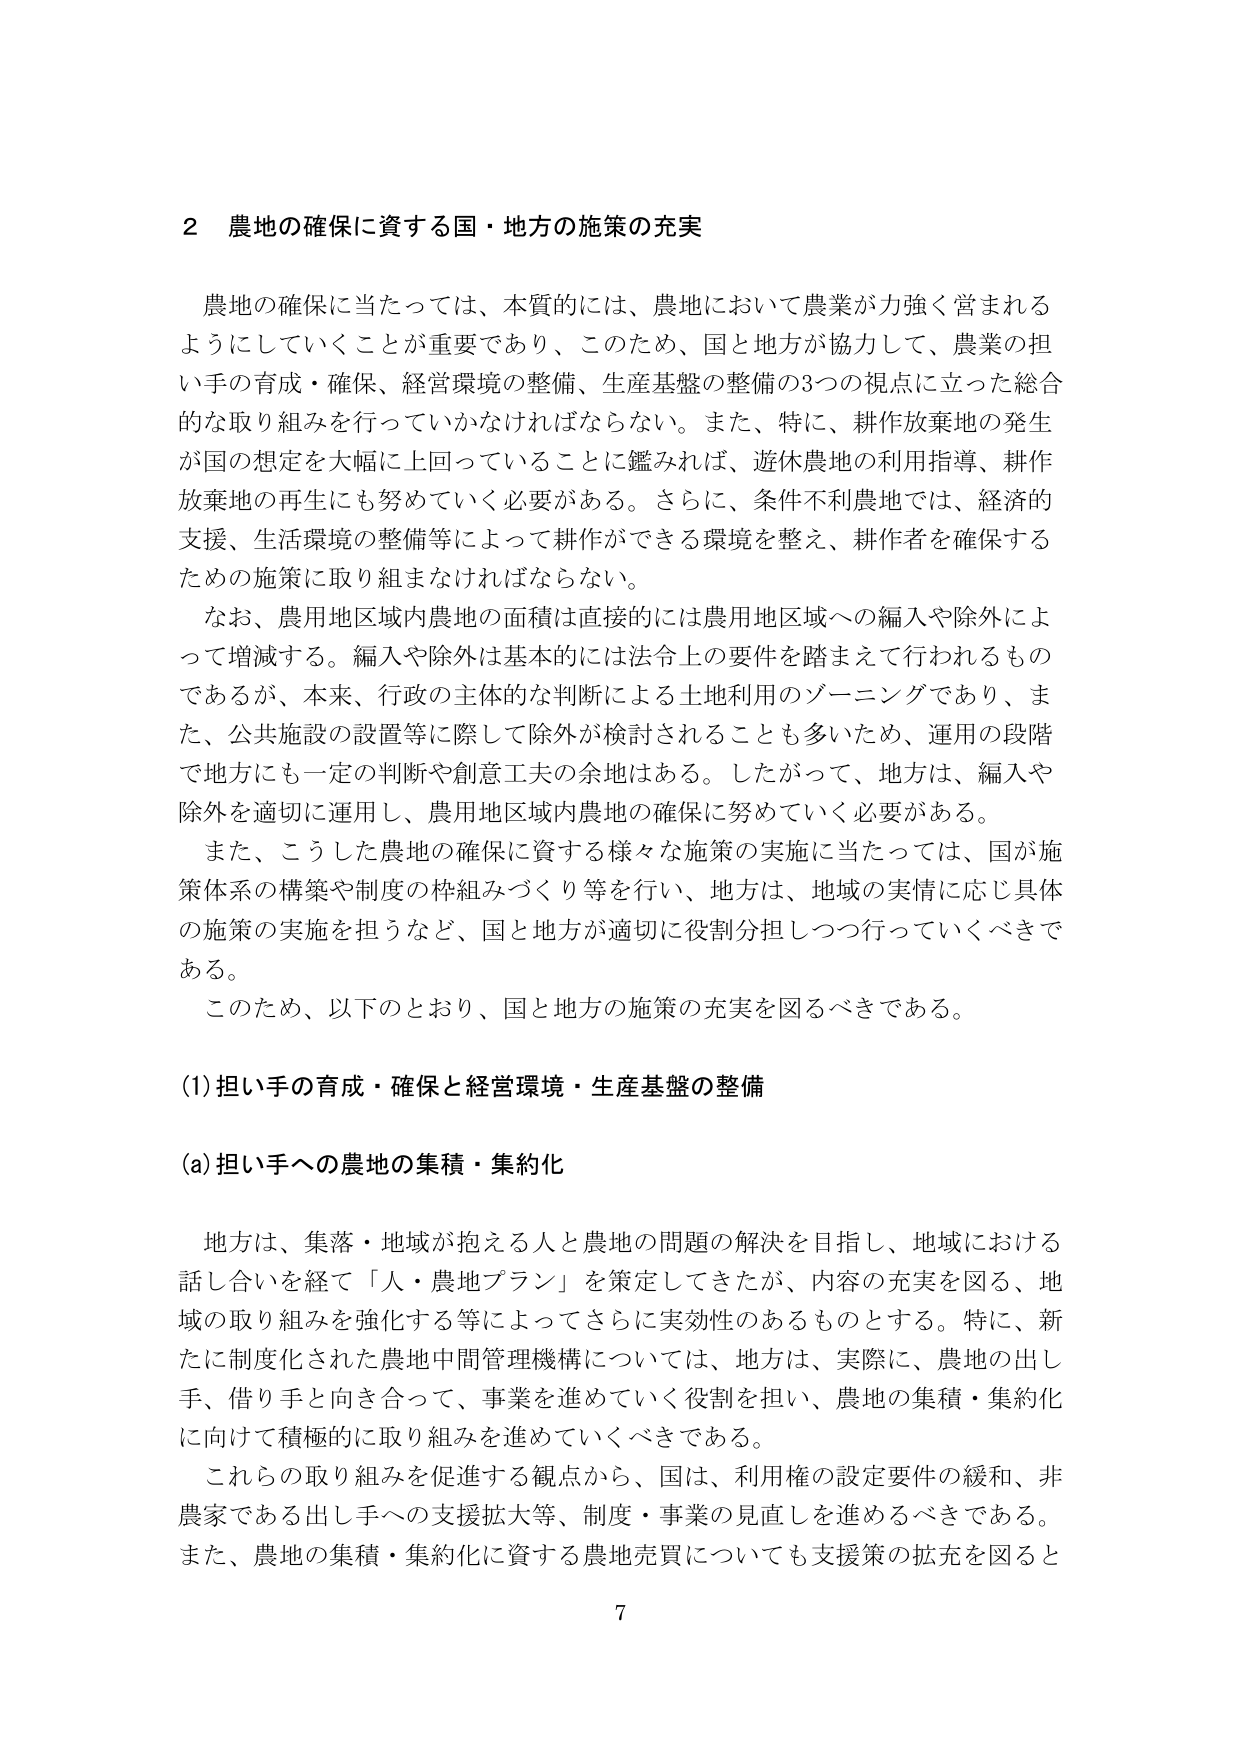
2 農地の確保に資する国・地方の施策の充実

農地の確保に当たっては、本質的には、農地において農業が力強く営まれるようにしていくことが重要であり、このため、国と地方が協力して、農業の担い手の育成・確保、経営環境の整備、生産基盤の整備の3つの視点に立った総合的な取り組みを行っていかなければならない。また、特に、耕作放棄地の発生が国の想定を大幅に上回っていることに鑑みれば、遊休農地の利用指導、耕作放棄地の再生にも努めていく必要がある。さらに、条件不利農地では、経済的支援、生活環境の整備等によって耕作ができる環境を整え、耕作者を確保するための施策に取り組まなければならない。

なお、農用地区域内農地の面積は直接的には農用地区域への編入や除外によって増減する。編入や除外は基本的には法令上の要件を踏まえて行われるものであるが、本来、行政の主体的な判断による土地利用のゾーニングであり、また、公共施設の設置等に際して除外が検討されることも多いため、運用の段階で地方にも一定の判断や創意工夫の余地はある。したがって、地方は、編入や除外を適切に運用し、農用地区域内農地の確保に努めていく必要がある。

また、こうした農地の確保に資する様々な施策の実施に当たっては、国が施策体系の構築や制度の枠組みづくり等を行い、地方は、地域の実情に応じ具体的施策の実施を担うなど、国と地方が適切に役割分担しつつ行っていくべきである。

このため、以下のとおり、国と地方の施策の充実を図るべきである。

(1) 担い手の育成・確保と経営環境・生産基盤の整備

(a) 担い手への農地の集積・集約化

地方は、集落・地域が抱える人と農地の問題の解決を目指し、地域における話し合いを経て「人・農地プラン」を策定してきたが、内容の充実を図る、地域の取り組みを強化する等によってさらに実効性のあるものとする。特に、新たに制度化された農地中間管理機構については、地方は、実際に、農地の出し手、借り手と向き合って、事業を進めていく役割を担い、農地の集積・集約化に向けて積極的に取り組みを進めていくべきである。

これらの取り組みを促進する観点から、国は、利用権の設定要件の緩和、非農家である出し手への支援拡大等、制度・事業の見直しを進めるべきである。また、農地の集積・集約化に資する農地売買についても支援策の拡充を図ると

7